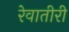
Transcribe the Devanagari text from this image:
रेवातीरी